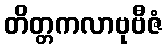
တိတ္တကလာဗုဗီဇံ